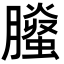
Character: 𦢅